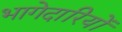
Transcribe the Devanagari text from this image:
भागेदारियों